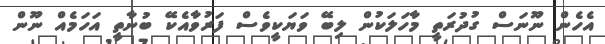
އެހެން ނޫނަސް ގުދުރަތީ މާހަލަކުން ލިބޭ ވަޔަކީވެސް ފަރުވާއެކޭ ބުނާތީ އަހަމެއް ނޫން